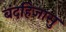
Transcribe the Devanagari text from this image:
बंदहिजासु